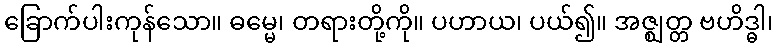
ခြောက်ပါးကုန်သော။ ဓမ္မေ၊ တရားတို့ကို။ ပဟာယ၊ ပယ်၍။ အဇ္ဈတ္တ ဗဟိဒ္ဓါ၊